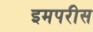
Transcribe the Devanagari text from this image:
इमपरीस